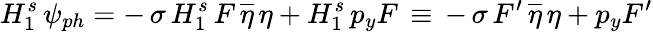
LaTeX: H_{1}^{s}\, \psi_{ph}=-\, \sigma\, H_{1}^{s}\, F\, \overline{{{\eta}}}\, \eta+H_{1}^{s}\, p_{y}F\, \equiv\, -\, \sigma\, F^{\prime}\, \overline{{{\eta}}}\, \eta+p_{y}F^{\prime}